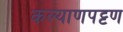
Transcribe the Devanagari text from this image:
कल्याणपट्टण